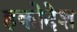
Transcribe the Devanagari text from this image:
हकोदेश